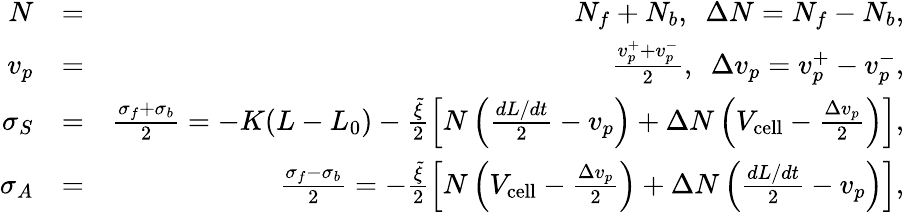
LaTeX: \begin{array}{rlr}{N}&{=}&{N_{f}+N_{b},\ \ \Delta N=N_{f}-N_{b},}\\ {v_{p}}&{=}&{\frac{v_{p}^{+}+v_{p}^{-}}{2},\ \ \Delta v_{p}=v_{p}^{+}-v_{p}^{-},}\\ {\sigma_{S}}&{=}&{\frac{\sigma_{f}+\sigma_{b}}{2}=-K(L-L_{0})-\frac{\tilde{\xi}}{2}\left[N\left(\frac{dL/dt}{2}-v_{p}\right)+\Delta N\left(V_{\mathrm{cell}}-\frac{\Delta v_{p}}{2}\right)\right],}\\ {\sigma_{A}}&{=}&{\frac{\sigma_{f}-\sigma_{b}}{2}=-\frac{\tilde{\xi}}{2}\left[N\left(V_{\mathrm{cell}}-\frac{\Delta v_{p}}{2}\right)+\Delta N\left(\frac{dL/dt}{2}-v_{p}\right)\right],}\end{array}